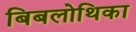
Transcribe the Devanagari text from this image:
बिबलोथिका